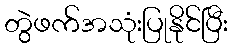
တွဲဖက်အသုံးပြုနိုင်ပြီး